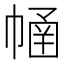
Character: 𢄜